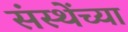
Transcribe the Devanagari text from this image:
संस्थेंच्या